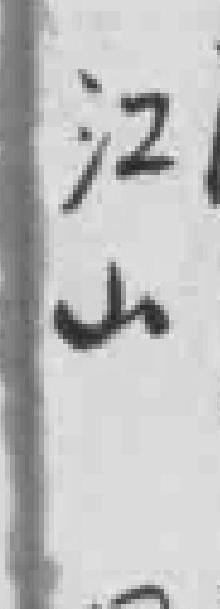
江山